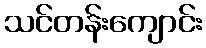
သင်တန်းကျောင်း